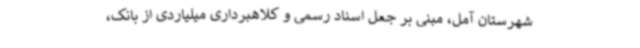
شهرستان آمل، مبنی بر جعل اسناد رسمی و کلاهبرداری میلیاردی از بانک،